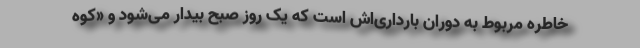
خاطره مربوط به دوران بارداری‌اش است که یک روز صبح بیدار می‌شود و «کوه